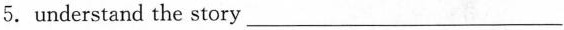
5.understand the story___